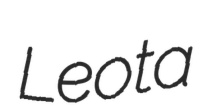
Leota